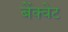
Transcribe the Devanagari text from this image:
बेंक्वेट